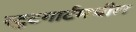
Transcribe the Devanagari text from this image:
स्टुटगार्टमधील